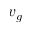
v _ { g }